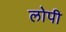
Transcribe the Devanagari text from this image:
लोपी